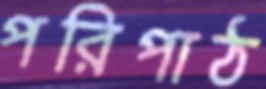
পরিপাঠ